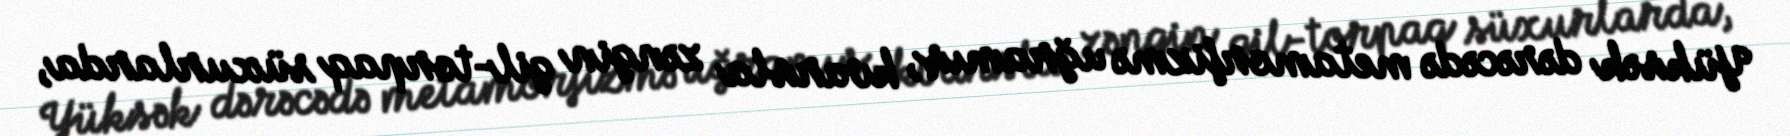
Yüksək dərəcədə metamorfizmə uğramış, kvarsla zəngin gil-torpaq süxurlarda,